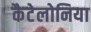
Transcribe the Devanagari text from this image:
कैटेलोनिया